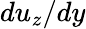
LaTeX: du_{z}/dy